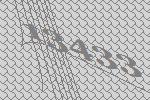
13433